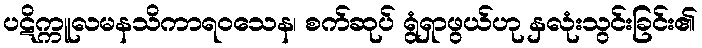
ပဋိက္ကူလမနသိကာရဝသေန၊ စက်ဆုပ် ရွံရှာဖွယ်ဟု နှလုံးသွင်းခြင်း၏